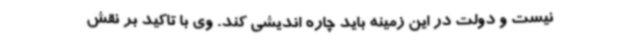
نیست و دولت در این زمینه باید چاره اندیشی کند. وی با تاکید بر نقش